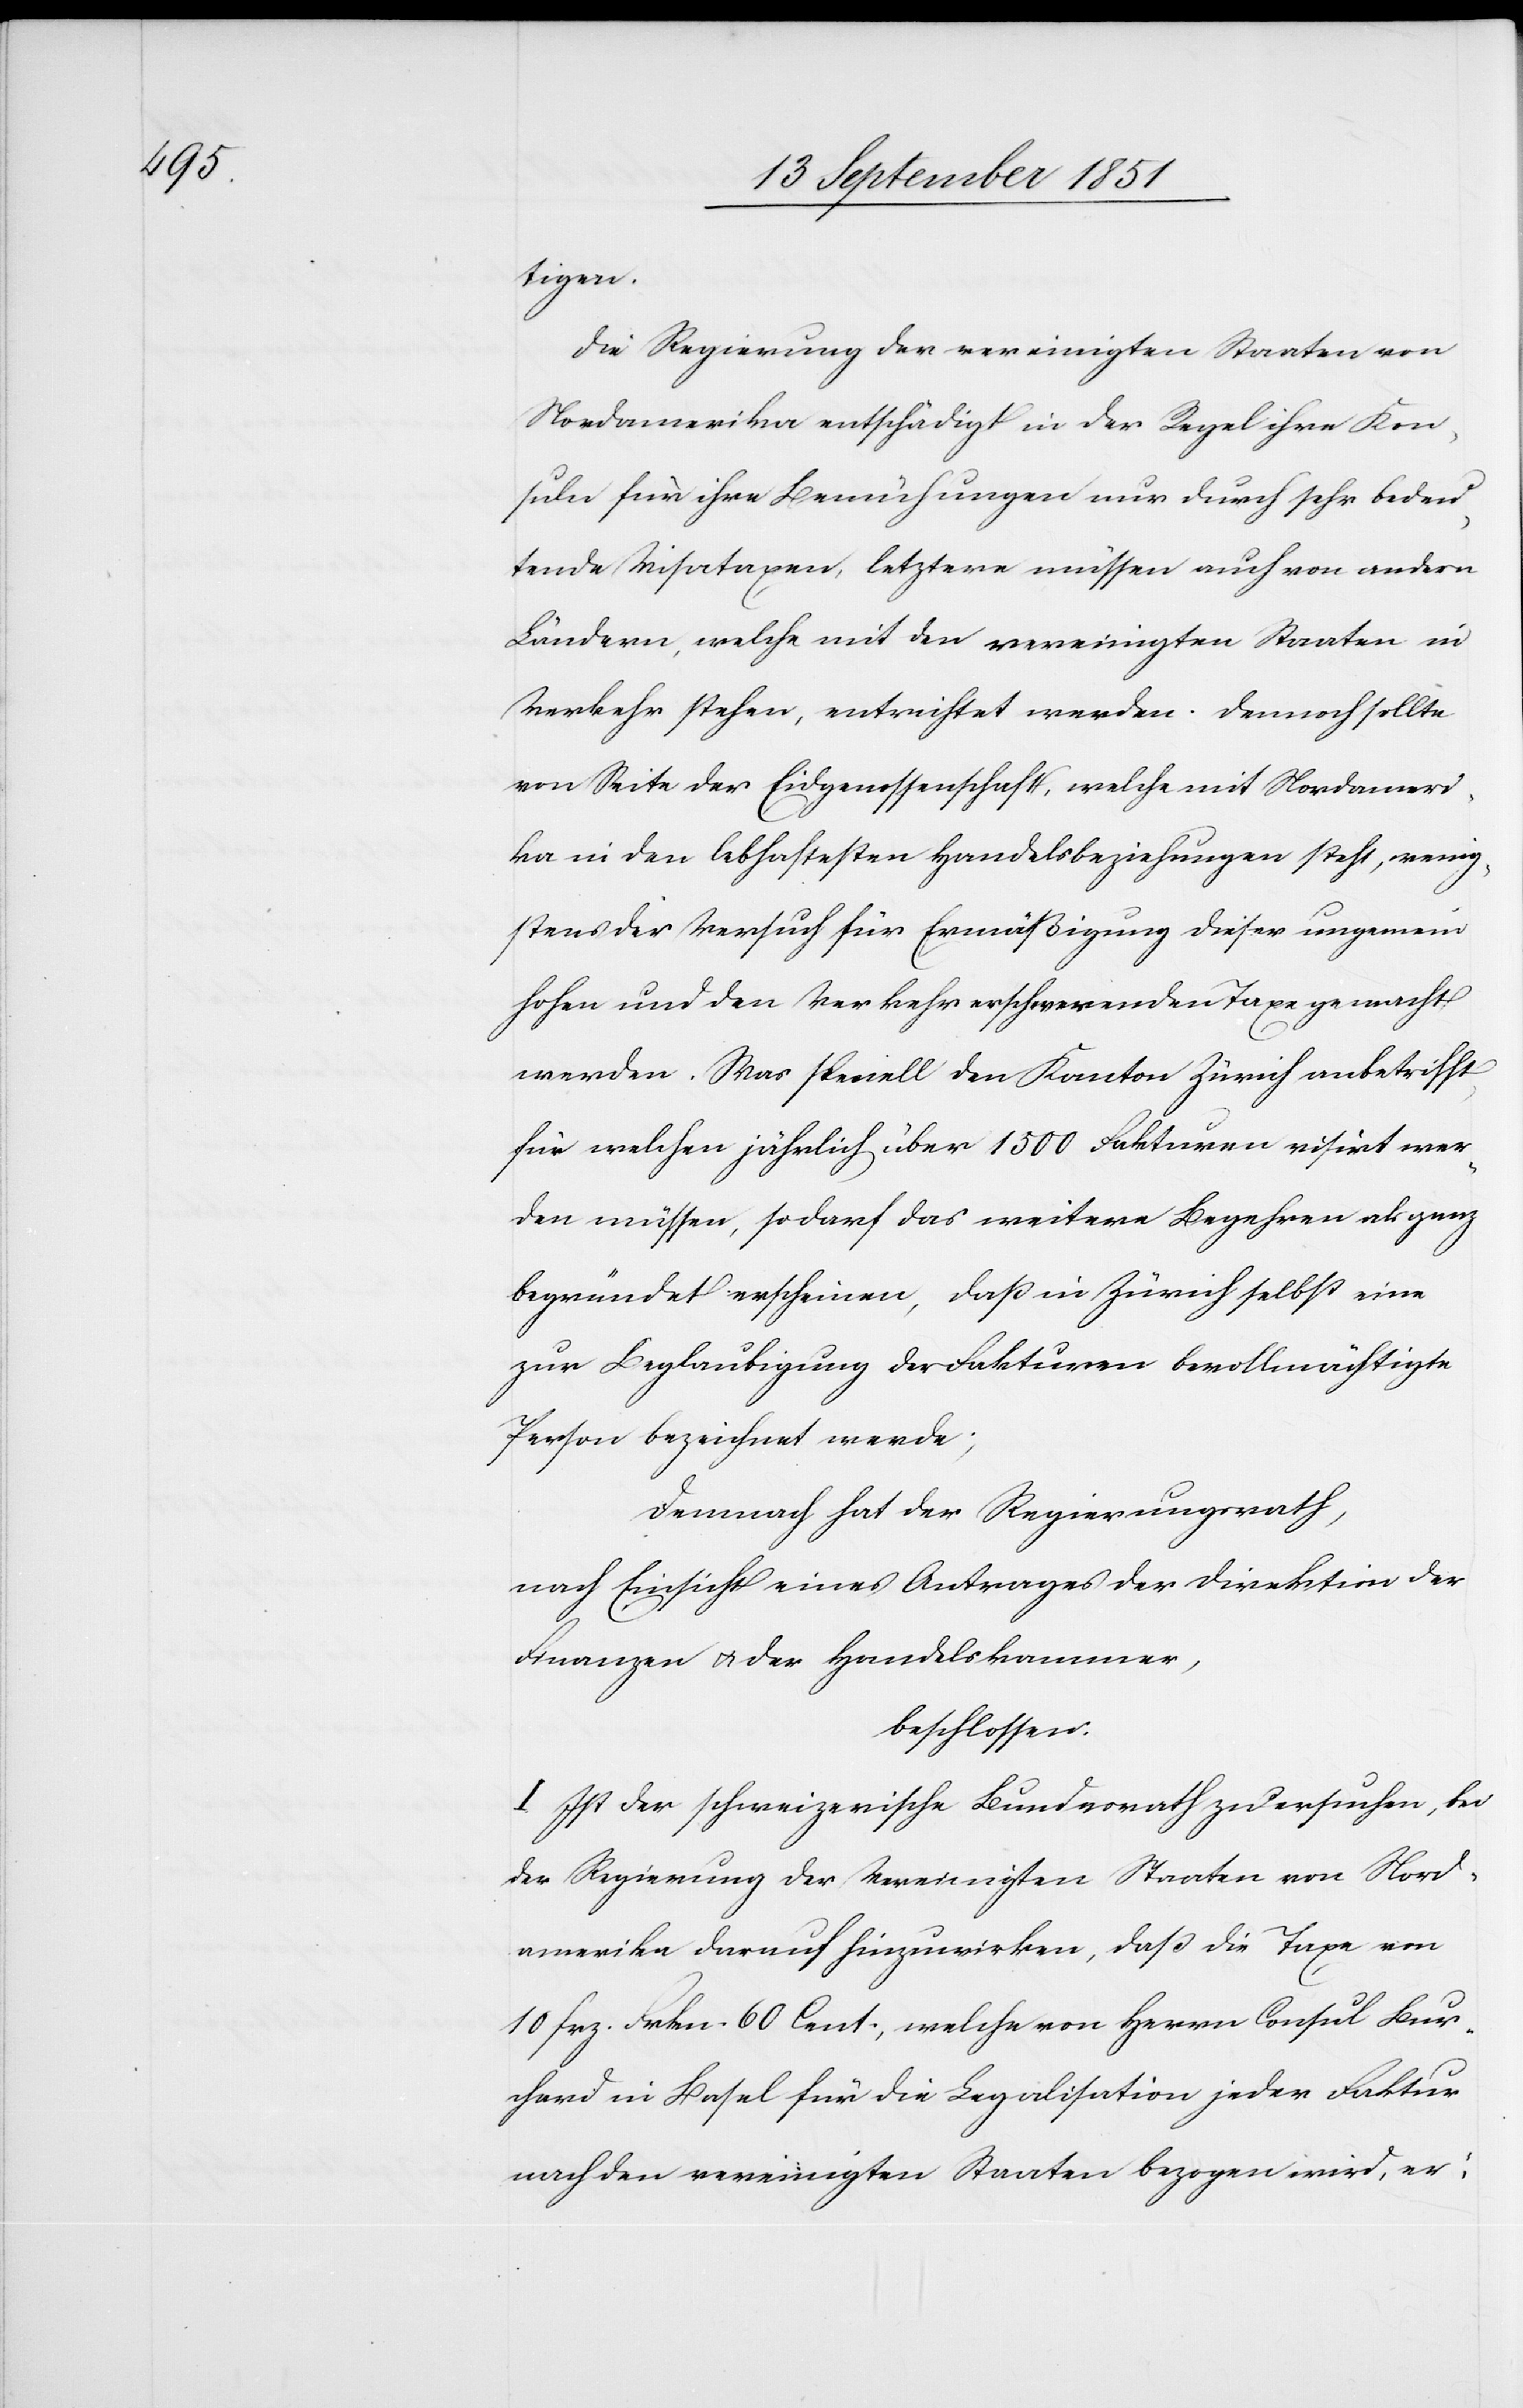
tigen.
Die Regierung der vereinigten Staaten von
Nordamerika entschädigt in der Regel ihre Kon¬
suln für ihre Bemühungen nur durch sehr bedeu¬
tende Visataxen, letztere müssen auch von andern
Ländern, welche mit den vereinigten Staaten in
Verkehr stehen, entrichtet werden. Demnach sollte
von Seite der Eidgenossenschaft, welche mit Nordameri¬
ka in den lebhaftesten Handelsbeziehungen steht, wenig¬
stens der Versuch für Ermäßigung dieser ungemein
hohen und den Verkehr erschwerenden Taxe gemacht
werden. Was speciell den Kanton Zürich anbetrifft,
für welchen jährlich über 1500 Fakturen visirt wer¬
den müssen, so darf das weitere Begehren als ganz
begründet erscheinen, daß in Zürich selbst eine
zur Beglaubigung der Fakturen bevollmächtigte
Person bezeichnet werde;
Demnach hat der Regierungsrath,
nach Einsicht eines Antrages der Direktion der
Finanzen & der Handelskammer,
beschlossen:
I. Ist der schweizerische Bundesrath zu ersuchen, bei
der Regierung der Vereinigten Staaten von Nord¬
amerika darauf hinzuwirken, daß die Taxe von
10 frz. Frkn. 60 Cent., welche von Herrn Consul Bur¬
chard in Basel für die Legalisation jeder Faktur
nach den vereinigten Staaten bezogen wird, er-